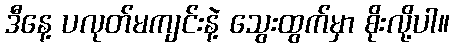
ဒီနေ့ ပလုတ်မကျင်းနဲ့ သွေးထွက်မှာ စိုးလို့ပါ။